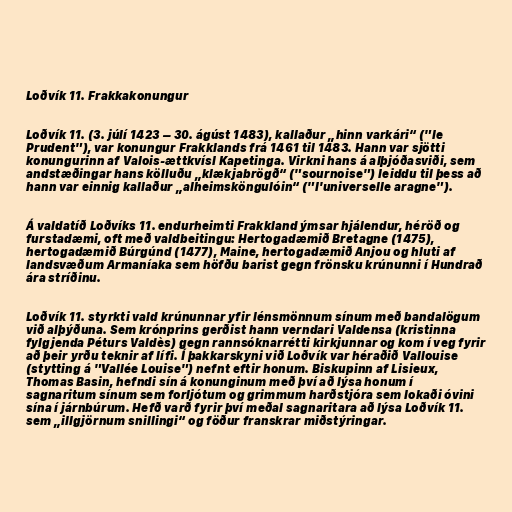
Loðvík 11. Frakkakonungur

Loðvík 11. (3. júlí 1423 – 30. ágúst 1483), kallaður „hinn varkári“ ("le
Prudent"), var konungur Frakklands frá 1461 til 1483. Hann var sjötti
konungurinn af Valois-ættkvísl Kapetinga. Virkni hans á alþjóðasviði, sem
andstæðingar hans kölluðu „klækjabrögð“ ("sournoise") leiddu til þess að
hann var einnig kallaður „alheimsköngulóin“ ("l'universelle aragne").

Á valdatíð Loðvíks 11. endurheimti Frakkland ýmsar hjálendur, héröð og
furstadæmi, oft með valdbeitingu: Hertogadæmið Bretagne (1475),
hertogadæmið Búrgúnd (1477), Maine, hertogadæmið Anjou og hluti af
landsvæðum Armaníaka sem höfðu barist gegn frönsku krúnunni í Hundrað
ára stríðinu.

Loðvík 11. styrkti vald krúnunnar yfir lénsmönnum sínum með bandalögum
við alþýðuna. Sem krónprins gerðist hann verndari Valdensa (kristinna
fylgjenda Péturs Valdès) gegn rannsóknarrétti kirkjunnar og kom í veg fyrir
að þeir yrðu teknir af lífi. Í þakkarskyni við Loðvík var héraðið Vallouise
(stytting á "Vallée Louise") nefnt eftir honum. Biskupinn af Lisieux,
Thomas Basin, hefndi sín á konunginum með því að lýsa honum í
sagnaritum sínum sem forljótum og grimmum harðstjóra sem lokaði óvini
sína í járnbúrum. Hefð varð fyrir því meðal sagnaritara að lýsa Loðvík 11.
sem „illgjörnum snillingi“ og föður franskrar miðstýringar.